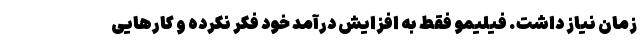
زمان نیاز داشت. فیلیمو فقط به افزایش درآمد خود فکر نکرده و کارهایی